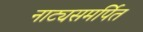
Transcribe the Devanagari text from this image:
नाट्यसमर्पित